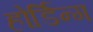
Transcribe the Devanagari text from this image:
होर्डिन्ग